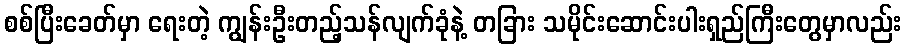
စစ်ပြီးခေတ်မှာ ရေးတဲ့ ကျွန်းဦးတည့်သန်လျက်ခုံနဲ့ တခြား သမိုင်းဆောင်းပါးရှည်ကြီးတွေမှာလည်း